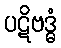
ပဋိဗဒ္ဓံ